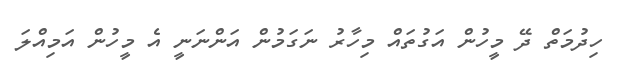
ހިދުމަތް ދޭ މީހުން އަގުތައް މިހާރު ނަގަމުން އަންނަނީ އެ މީހުން އަމިއްލަ